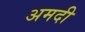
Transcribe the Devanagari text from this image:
अमदी